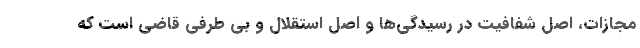
مجازات، اصل شفافیت در رسیدگی‌ها و اصل استقلال و بی طرفی قاضی است که